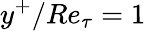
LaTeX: y^{+}/Re_{\tau}=1